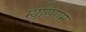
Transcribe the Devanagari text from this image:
म्युसिएम